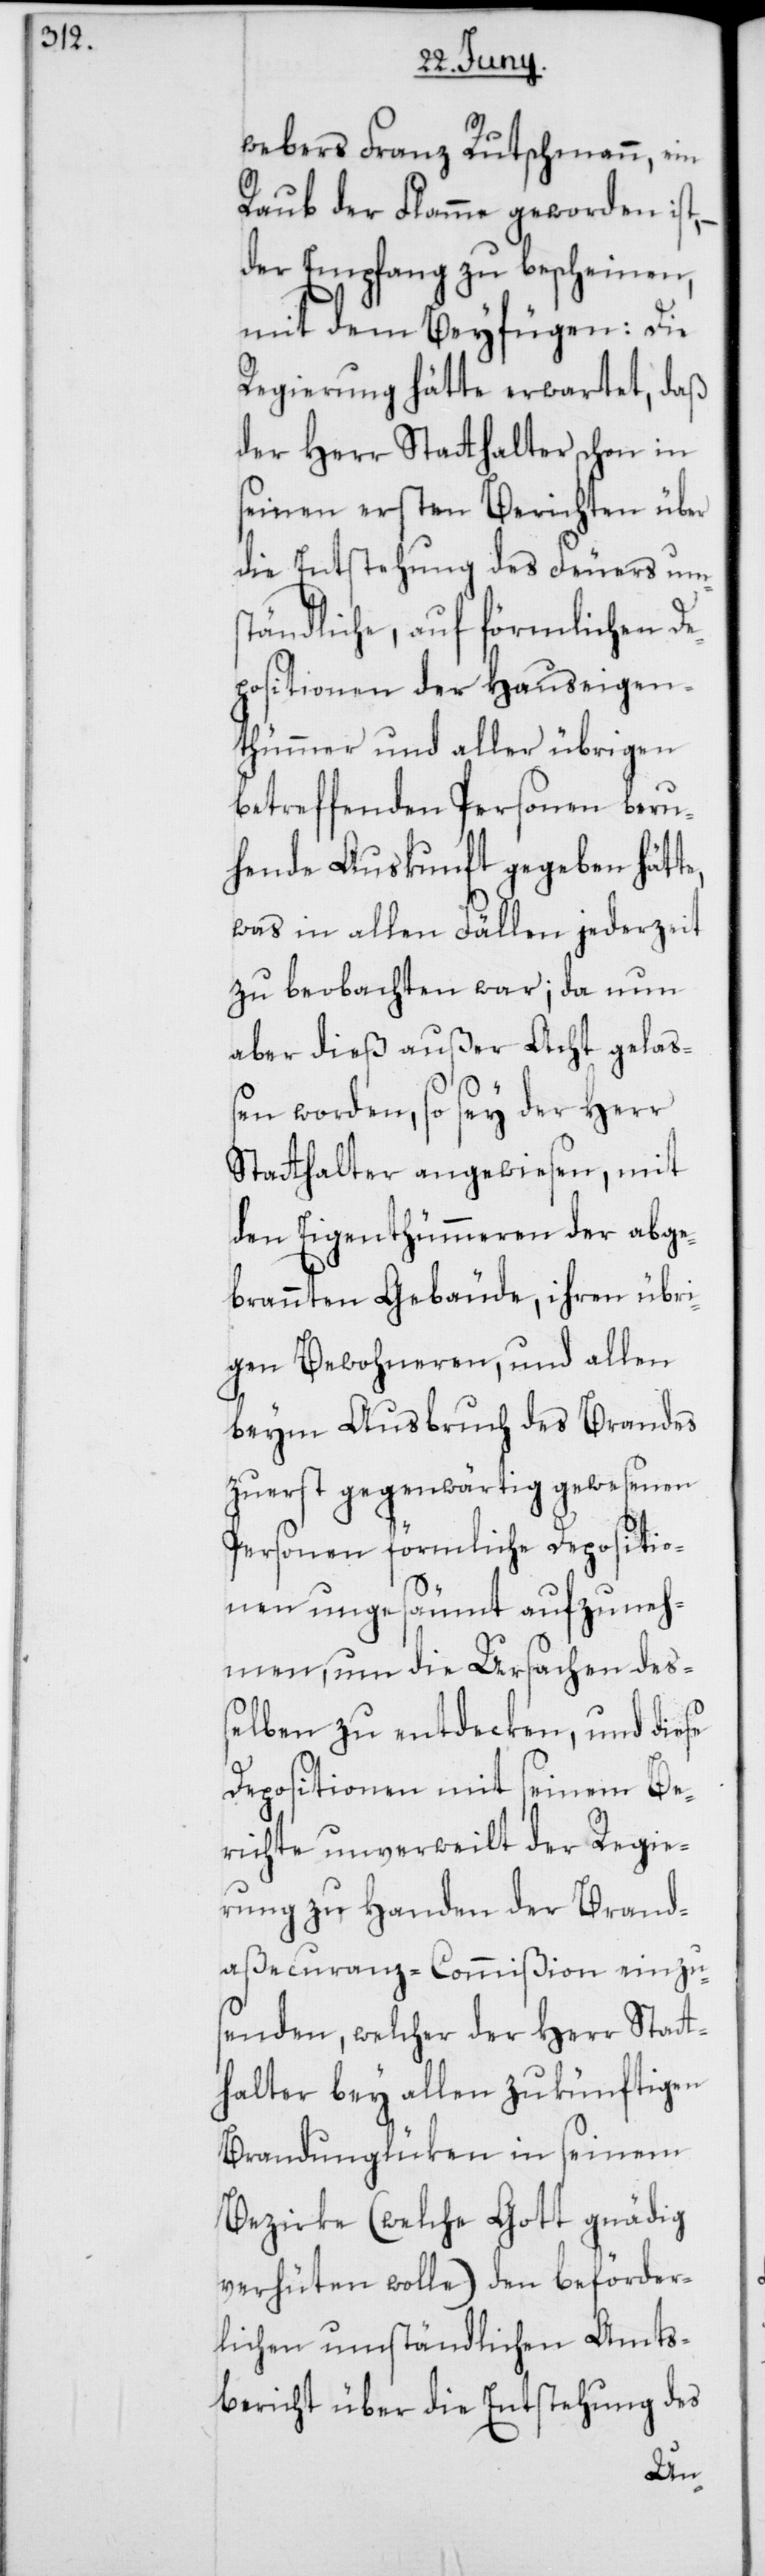
te,

webers Franz Rutschmann, ein
Raub der Flamme geworden ist,
der Empfang zu bescheinen,
mit dem Beyfügen: Die
Regierung hätte erwartet, daß
der Herr Stathalter schon in
seinen ersten Berichten über
die Entstehung des Feuers ums¬
tändliche, auf förmlichen De¬
positionen der Hauseigen¬
thümer und aller übrigen
betreffenden Personen beru¬
hende Auskunft gegeben hät¬
was in allen Fällen jederzeit
zu beobachten war; da nun
aber dieß außer Acht gelaß¬
en worden, so sey der Herr
Stathalter angewiesen, mit
den Eigenthümeren der abge¬
brannten Gebäude, ihren übri¬
gen Bewohneren, und allen
beym Ausbruch des Brandes
zuerst gegenwärtig gewesenen
Personen förmliche Depositio¬
nen ungesäumt aufzuneh¬
men, um die Ursachen deß¬
elben zu entdecken, und diese
Depositionen mit seinem Be¬
richte unverweilt der Regie¬
rung zu Handen der Brand¬
aßecuranz-Commißion einzu¬
senden, welcher der Herr Stat¬
halter bey allen zukünftigen
Brandunglüken in seinem
Bezirke (welche Gott gnädig
verhüten wolle) den beförder¬
lichen umständlichen Amts¬
bericht über die Entstehung des